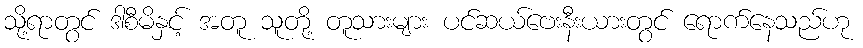
သို့ရာတွင် ဒါစီမိနှင့် အတူ သူတို့ တူသားများ ပင်ဆယ်ဗေးနီးယားတွင် ရောက်နေသည်ဟု